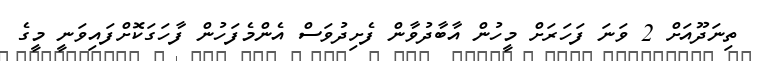
ތިނަދޫއަށް 2 ވަނަ ފަހަރަށް މީހުން އާބާދުވާން ފެށިދުވަސް އެންމެފަހުން ފާހަގަކޮށްފައިވަނީ މީގެ